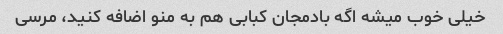
خیلی خوب میشه اگه بادمجان کبابی هم به منو اضافه کنید، مرسی